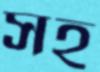
সহ